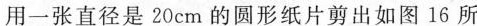
用一张直径是20cm的圆形纸片剪出如图16所